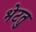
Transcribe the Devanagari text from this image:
भेटतु